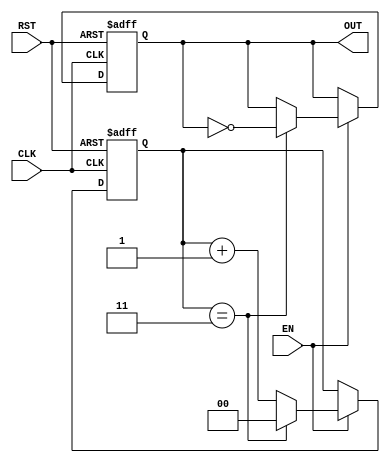
module FrequencyDividerCounter #(
    parameter N = 4  // Division factor, can be set to any positive integer
)(
    input wire CLK,    // Clock input
    input wire RST,    // Reset input
    input wire EN,     // Enable input
    output reg OUT     // Output signal
);

    reg [$clog2(N)-1:0] counter; // Counter to hold the current count value

    // Asynchronous reset and counting logic
    always @(posedge CLK or posedge RST) begin
        if (RST) begin
            counter <= 0; // Reset counter
            OUT <= 0;     // Reset output
        end else if (EN) begin
            if (counter == (N - 1)) begin
                counter <= 0; // Reset counter
                OUT <= ~OUT;   // Toggle output
            end else begin
                counter <= counter + 1; // Increment counter
            end
        end
    end

endmodule